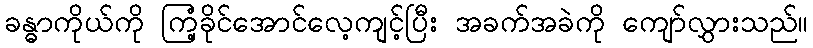
ခန္ဓာကိုယ်ကို ကြံ့ခိုင်အောင်လေ့ကျင့်ပြီး အခက်အခဲကို ကျော်လွှားသည်။